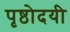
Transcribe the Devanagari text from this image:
पृष्ठोदयी